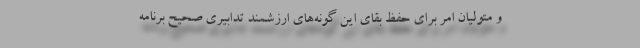
و متولیان امر برای حفظ بقای این گونه‌های ارزشمند تدابیری صحیح برنامه